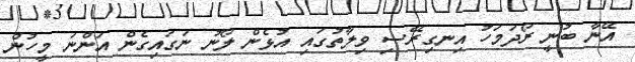
އޭނާ ބުނީ ރޯދަމަހު އިނގިރޭސި ވިލާތުގައި އުޅެން ލޯނު ނަގައިގެން އަންނަ މީހުން